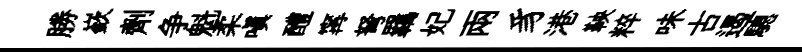
勝嶔劑争魁柔嗔醴𡩋弩羈妃兩豸港鞅粹味古遏驄